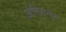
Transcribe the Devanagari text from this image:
अंगिरानाम